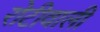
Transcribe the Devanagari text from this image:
रोटीवाली